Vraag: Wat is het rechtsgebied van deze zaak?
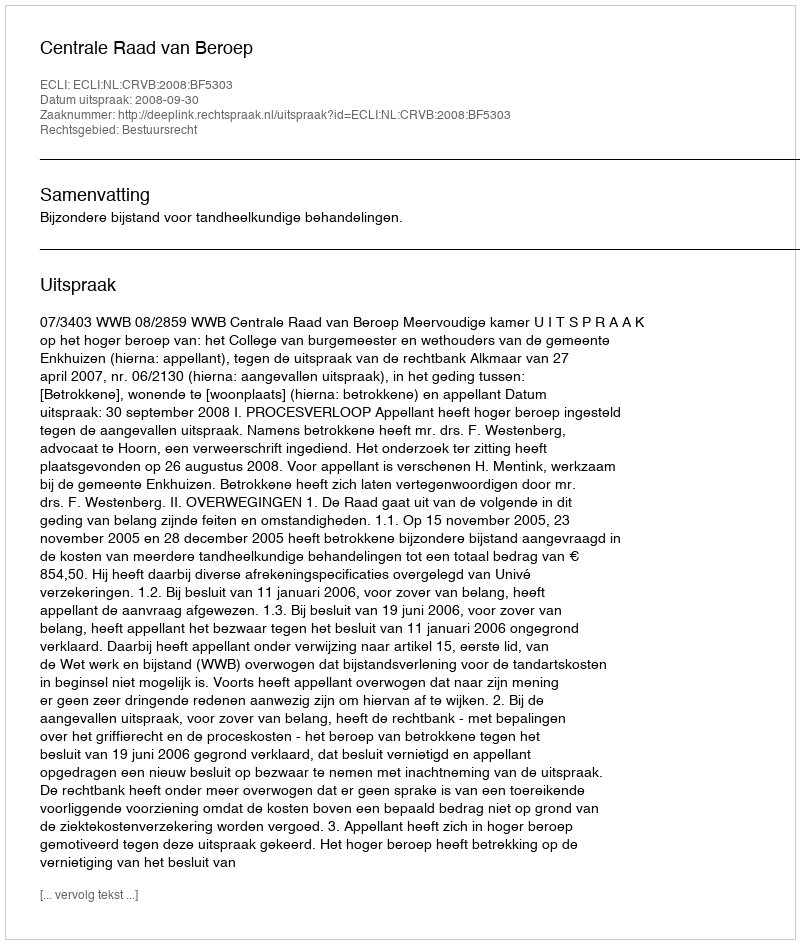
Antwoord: Bestuursrecht